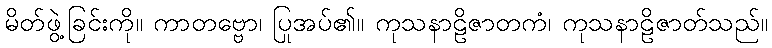
မိတ်ဖွဲ့ခြင်းကို။ ကာတဗ္ဗော၊ ပြုအပ်၏။ ကုသနာဠိဇာတကံ၊ ကုသနာဠိဇာတ်သည်။